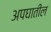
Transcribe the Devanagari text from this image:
अपघातील